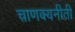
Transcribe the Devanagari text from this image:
चाणक्यनीती